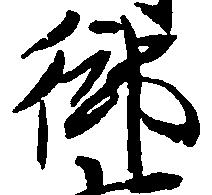
御